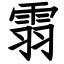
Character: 䨒